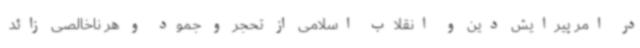
در امر پیرایش دین و انقلاب اسلامی از تحجر و جمود و هر ناخالصی زائد